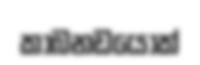
කාබනඩයොක්